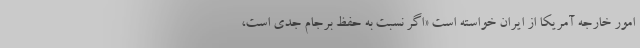
امور خارجه آمريكا از ايران خواسته است «اگر نسبت به حفظ برجام جدی است،